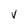
Character: V